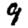
Digit: 9